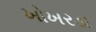
ખોખરડા